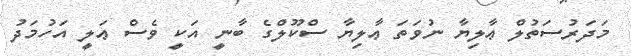
މަދަރުސަތުލް ޢާލިޔާ ނުވަތަ ޢާލިޔާ ސްކޫލްގެ ބާނީ އަކީ ވެސް ޢަލީ އަހުމަދު